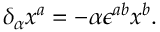
\delta _ { \alpha } x ^ { a } = - \alpha \epsilon ^ { a b } x ^ { b } .